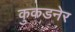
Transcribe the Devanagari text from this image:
कुकडनेर